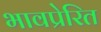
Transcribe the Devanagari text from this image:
भावप्रेरित